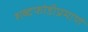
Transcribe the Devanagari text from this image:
शब्दफोडीप्रमाणे